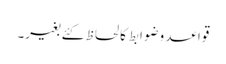
قواعد وضوابط کا لحاظ کئے بغیر۔